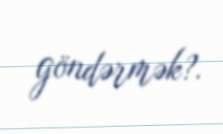
göndərmək?.